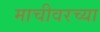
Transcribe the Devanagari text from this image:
माचीवरच्या